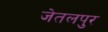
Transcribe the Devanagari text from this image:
जेतलपुर